Report of the Municipal Commissioner on the plague in Bombay for the year ending 31st May... - Volume 2
Disease focus: Plague
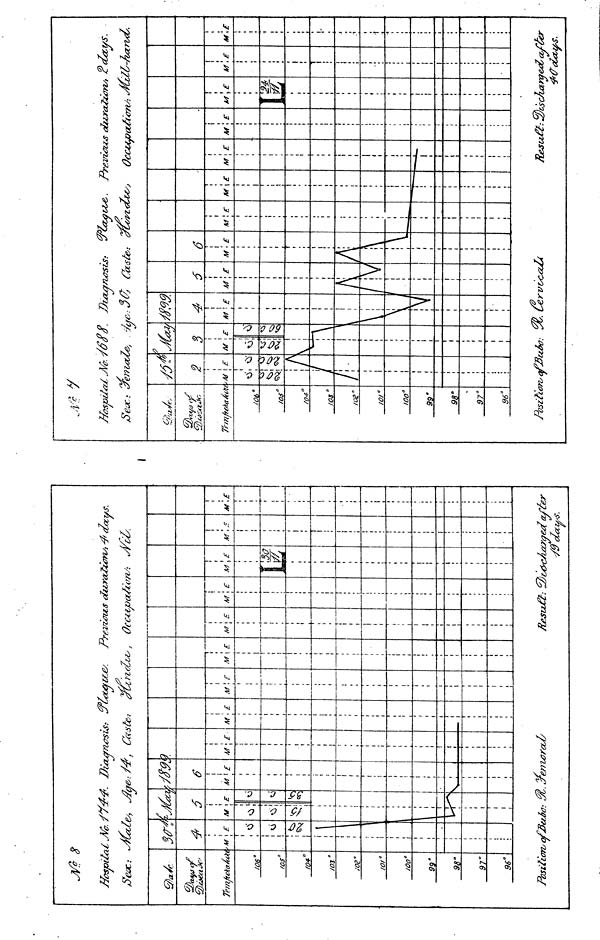
7Josio¿¿a¿ ^A/a.
iïeac : *s7Ux,u
Çfîa./c
<u)cM¿a c&
Trm/iekaÁii
/06"
/os"
fO4°/
03 a
/OB"
/o/ a
100°9
9'
98"
97°9
6"
3<r{
\ E
:»-
\"
i£
II
/?44. Dücancsis:
î/, J?g&: /4', Casto
'S
i
i
J
Posihorv afßc
u
1
1
1
1
1
1
i
i
£
6
I
I
. I
M\ £
i
i
i
I
i
t
i
I
i
i
I
I
i
i
I
i
'
s ¡
I
I
1
1
1
M\E
i
i
1
1
1
1
1
1
1
1
•
r
i
i
i
i
1
!
í
t
i
1
1 1
i
i
w
M
1
. ' £
¿fti7iolz¿s,
M\ r
i
i
î
i
i
i
i
!
i
i
i
i
i
i
\
i
1
i
I
i
i
M
, i
T
\ E
Oc
M
\
A
ion
\ E
s ci
peo
M
1
! £
i
M\E
1
n
1
1
1
1
1
1
1
1
j
1
1
1
1
M
\
1
M
,••••'
V9 days.
£
i
ir
¿Sex.: ¿7e7' t
tor
/O6°/
os"
a
/03"
/oe°,
0,°1
00 a
99'
98"
97°9
6°'
Ad
ti
i
1
Position/a
! £
I
fJ5i
3
M
Vf
VJ
i
i
£
V
Vi
1
YO:
4
M
u
\
' £
V
le?
Casta.
M
A
/
i
r VZA
\E
\
V
M
6
\ E
\
\
M
=
i
t
\£
>
M
"—S
\E
——.
rein
Oc
ion*
M
—J
,!
A
E
M»
s d
pou
r urt
(un
M
\
E
•3k
/S
1
1
WL
I
i
i
i
i
i
i
i
t
i
1
i
1
1
i
i
i
I^(
¿¿cys.
M
i
',£ M
1
\£
I
',scAa>yec¿ <zf¿e>
i
-